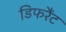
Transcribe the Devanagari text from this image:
डिफरैंट